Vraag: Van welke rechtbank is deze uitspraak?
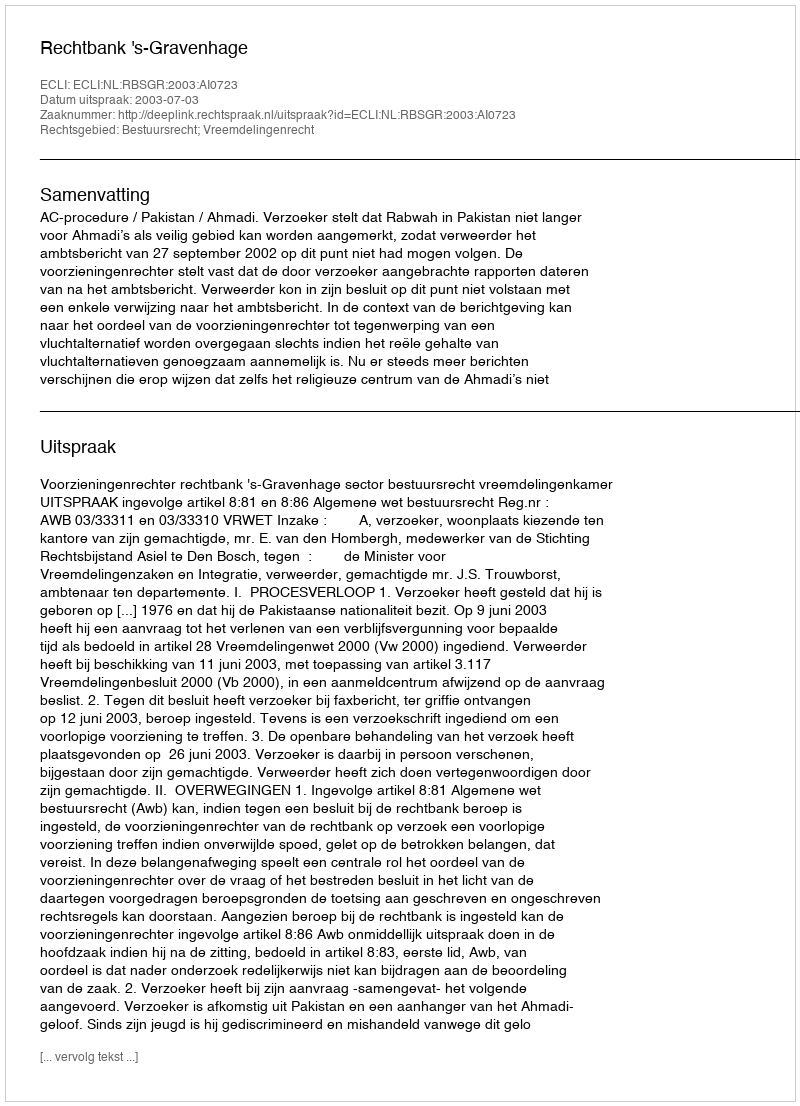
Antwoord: Rechtbank 's-Gravenhage